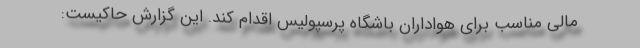
مالی مناسب برای هواداران باشگاه پرسپولیس اقدام کند. این گزارش حاکیست: